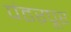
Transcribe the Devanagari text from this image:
पंढऱपूर